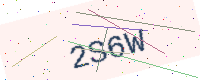
Text: 2S6W